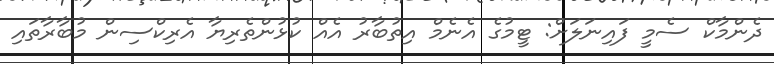
ދެންމާކް ސެމީ ފައިނަލަށް: ޓީމުގެ އެނެމް އިތުބާރު އެއް ކުޅުންތެރިޔާ އެރިކްސިން މުބާރާތައި